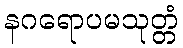
နဂရောပမသုတ္တံ